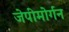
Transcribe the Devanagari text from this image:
जेपीमोर्गन